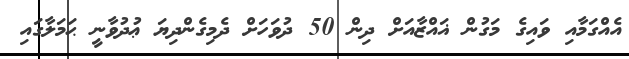
އެއްގަމާއި ވައިގެ މަގުން ޣައްޒާއަށް ދިން 50 ދުވަހަށް ދެމިގެންދިޔަ ޢުދުވާނީ ޙަމަލާގައި